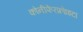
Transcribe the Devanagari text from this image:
कोनीफेरफ्रोाइटा